Vaccine operations Central Provinces & Berar 1922-1929 - 1922-1929
Year: 1922
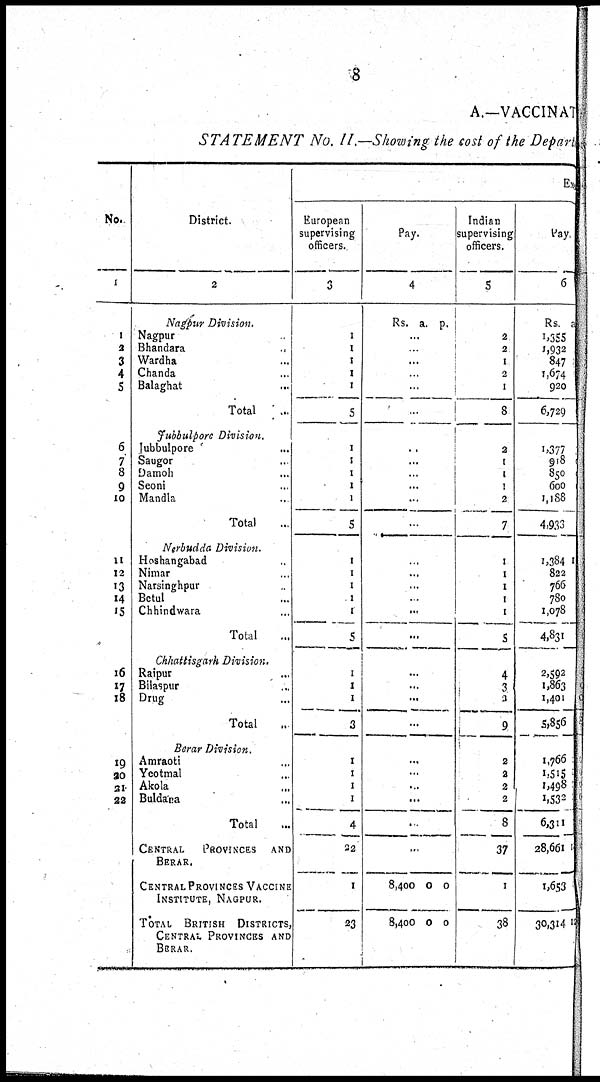
8
A.—VACCINATION
STATEMENT No. II.—Showing the cost of the Depart
No.
1
1
2
3
4
5
6
7
8
9
10
11
12
13
14
15
16
17
18
19
20
21
22
District.
2
Nagpur Division.
Nagpur ...
Bhandara
...
Wardha ...
Chanda ...
Balaghat ...
Total ...
Jubbulpore Division.
Jubbulpore ...
Saugor ...
Damoh ...
Seoni ...
Mandla ...
Total ...
Nerbudda Division.
Hoshangabad ...
Nimar ...
Narsinghpur ...
Betul ...
Chhindwara ...
Total ...
Chhattisgarh Division.
Raipur ...
Bilaspur ...
Drug ...
Total ...
Berar Division.
Amraoti ...
Yeotmal ...
Akola ...
Buldana ...
Total ...
CENTRAL
PROVINCES
AND
BERAR.
CENTRAL PROVINCES VACCINE
INSTITUTE, NAGPUR.
TOTAL BRITISH DISTRICTS,
CENTRAL PROVINCES AND
BERAR.
European
supervising
officers.
3
1
1
1
1
1
5
1
1
1
1
1
5
1
1
1
1
1
5
1
1
1
3
1
1
1
1
4
32
1
23
Pay.
4
Rs. a. p.
...
...
...
...
...
...
...
...
...
...
...
...
...
...
...
...
...
...
...
...
...
...
...
...
...
...
...
...
8,400
8,400
0
0
0
0
Indian
supervising
officers.
5
2
2
1
2
1
8
2
1
1
1
2
7
1
1
1
1
1
5
4
3
3
9
2
2
2
2
8
37
1
38
Ex
Pay.
6
Rs
1,355
1,932
847
1,674
920
6,729
1,377
918
850
600
1,188
4,933
1,384
822
766
780
1,078
4,831
2,592
1,863
1,401
5,856
1,766
1,515
1,498
1,532
6,311
28,661
1,653
30,314